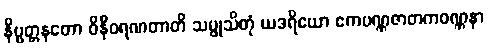
နိဗ္ဗတ္တနတော ဝိနီဝရဏတာတိ သမ္ဖုသိတုံ ယဒရိယော ဧကပဏ္ဏဇာတကဝဏ္ဏနာ